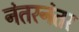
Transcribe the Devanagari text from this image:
नंतरनंतर